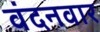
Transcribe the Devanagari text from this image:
वंदनवार